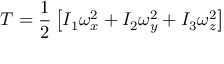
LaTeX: T = { \frac { 1 } { 2 } } \left[ I _ { 1 } \omega _ { x } ^ { 2 } + I _ { 2 } \omega _ { y } ^ { 2 } + I _ { 3 } \omega _ { z } ^ { 2 } \right]